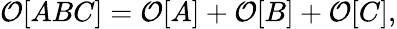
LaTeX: {\cal O}[ABC]={\cal O}[A]+{\cal O}[B]+{\cal O}[C],